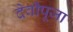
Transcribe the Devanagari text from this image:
देवीपूजा